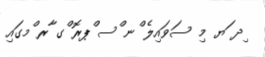
ިދ ަޔ މި ސަވައިލެ ްނ ްސ ްޕރޮ ްގ ާރ ްމގައި